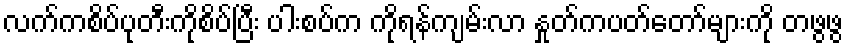
လက်ကစိပ်ပုတီးကိုစိပ်ပြီး ပါးစပ်က ကိုရန်ကျမ်းလာ နှုတ်ကပတ်တော်များကို တဖွဖွ